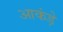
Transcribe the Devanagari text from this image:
आकंड़े